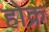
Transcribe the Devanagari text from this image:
होक्र